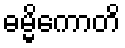
ဓမ္မိကောတိ